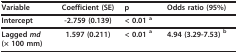
<table><thead><tr><td><b>Variable</b></td><td><b>Coefficient (SE)</b></td><td><b>p</b></td><td><b>Odds ratio (95%)</b></td></tr></thead><tbody><tr><td><b>Intercept</b></td><td><b>-2.759 (0.139)</b></td><td><b>&lt; 0.01 </b><sup>a</sup></td><td></td></tr><tr><td><b>Lagged <i>md </i>(× 100 mm)</b></td><td><b>1.597 (0.211)</b></td><td><b>&lt; 0.01 </b><sup>a</sup></td><td><b>4.94 (3.29-7.53)</b><sup> b</sup></td></tr></tbody></table>